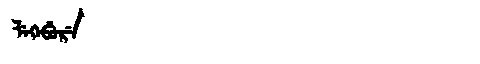
Manchu: ᠯᡝᡴᡝᠪᡠᡵᡝ
Romanization: LEKEBURE